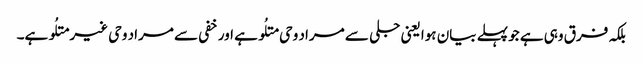
بلکہ فرق وہی ہے جو پہلے بیان ہوا یعنی جلی سے مراد وحی متلُو ہے اور خفی سے مراد وحی غیر متلُو ہے۔